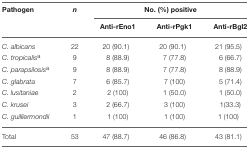
<table><thead><tr><td><b>Pathogen</b></td><td><b><i>n</i></b></td><td colspan="3"><b>No. (%) positive</b></td></tr><tr><td></td><td></td><td><b>Anti-rEno1</b></td><td><b>Anti-rPgk1</b></td><td><b>Anti-rBgl2</b></td></tr></thead><tbody><tr><td><i>C. albicans</i></td><td>22</td><td>20 (90.1)</td><td>20 (90.1)</td><td>21 (95.5)</td></tr><tr><td><i>C. tropicalis</i><sup>a</sup></td><td>9</td><td>8 (88.9)</td><td>7 (77.8)</td><td>6 (66.7)</td></tr><tr><td><i>C. parapsilosis</i><sup>a</sup></td><td>9</td><td>8 (88.9)</td><td>7 (77.8)</td><td>8 (88.9)</td></tr><tr><td><i>C. glabrata</i></td><td>7</td><td>6 (85.7)</td><td>7 (100)</td><td>5 (71.4)</td></tr><tr><td><i>C. lusitaniae</i></td><td>2</td><td>2 (100)</td><td>1 (50.0)</td><td>1 (50.0)</td></tr><tr><td><i>C. krusei</i></td><td>3</td><td>2 (66.7)</td><td>3 (100)</td><td>1(33.3)</td></tr><tr><td><i>C. guilliermondii</i></td><td>1</td><td>1 (100)</td><td>1 (100)</td><td>1 (100)</td></tr><tr><td>Total</td><td>53</td><td>47 (88.7)</td><td>46 (86.8)</td><td>43 (81.1)</td></tr></tbody></table>